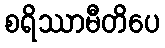
စရိဿာမီတိပေ